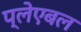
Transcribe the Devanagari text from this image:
प्लेएबल